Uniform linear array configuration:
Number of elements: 64
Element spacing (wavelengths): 1
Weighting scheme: exponential
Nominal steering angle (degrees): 60
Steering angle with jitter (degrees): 60.292
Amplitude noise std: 0.05
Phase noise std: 0.05

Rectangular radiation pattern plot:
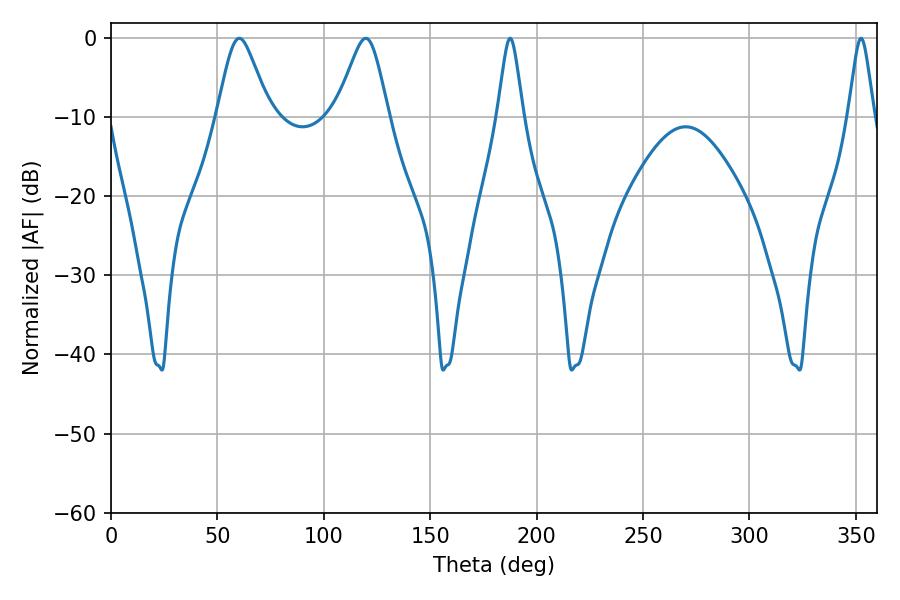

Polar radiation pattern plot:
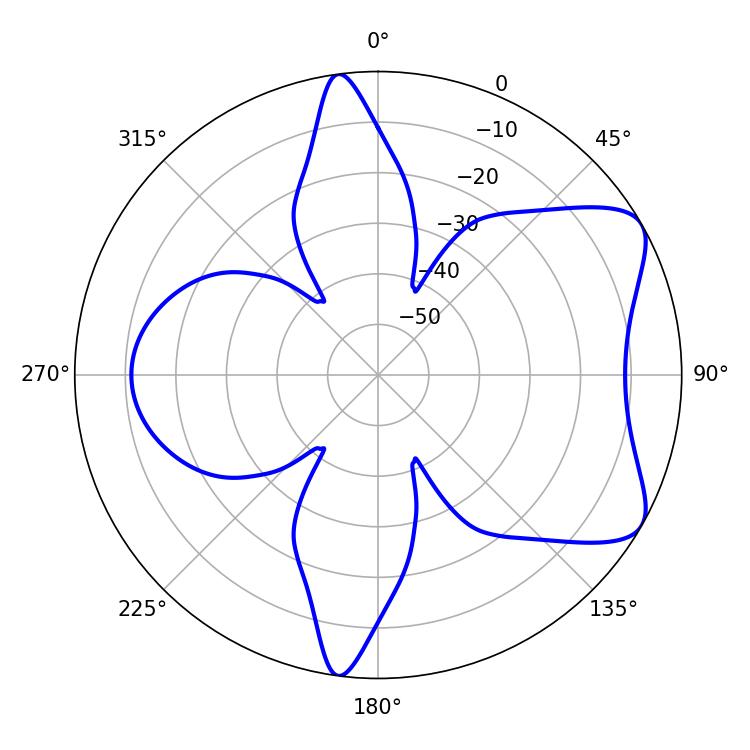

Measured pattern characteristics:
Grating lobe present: TRUE
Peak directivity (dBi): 7.029
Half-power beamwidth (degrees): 5.76
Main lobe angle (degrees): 187.56